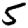
Digit: 5